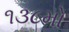
૧૩૮મો